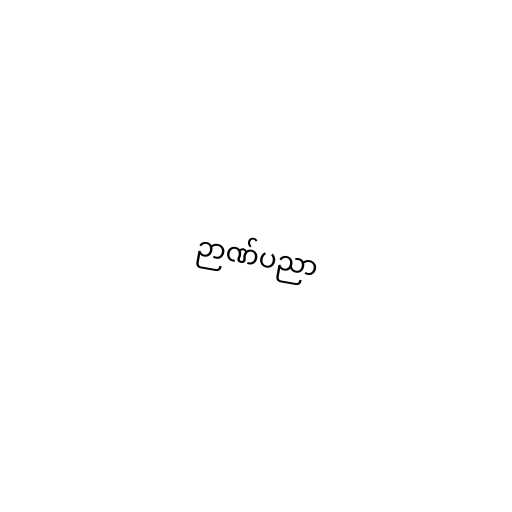
ဉာဏ်ပညာ